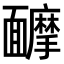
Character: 𩉑